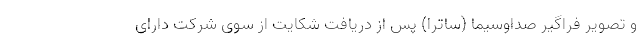
و تصویر فراگیر صداوسیما (ساترا) پس از دریافت شکایت از سوی شرکت دارای